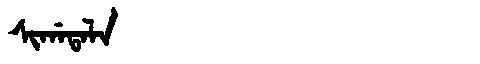
Manchu: ᠰᡳᡤᠠᡨᠠᠯᠠ
Romanization: SIGATALA